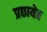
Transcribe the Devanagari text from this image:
प्रछायेत